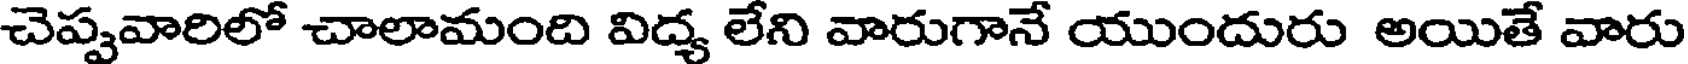
చెప్పవారిలో చాలామంది విద్య లేని వారుగానే యుందురు అయితే వారు